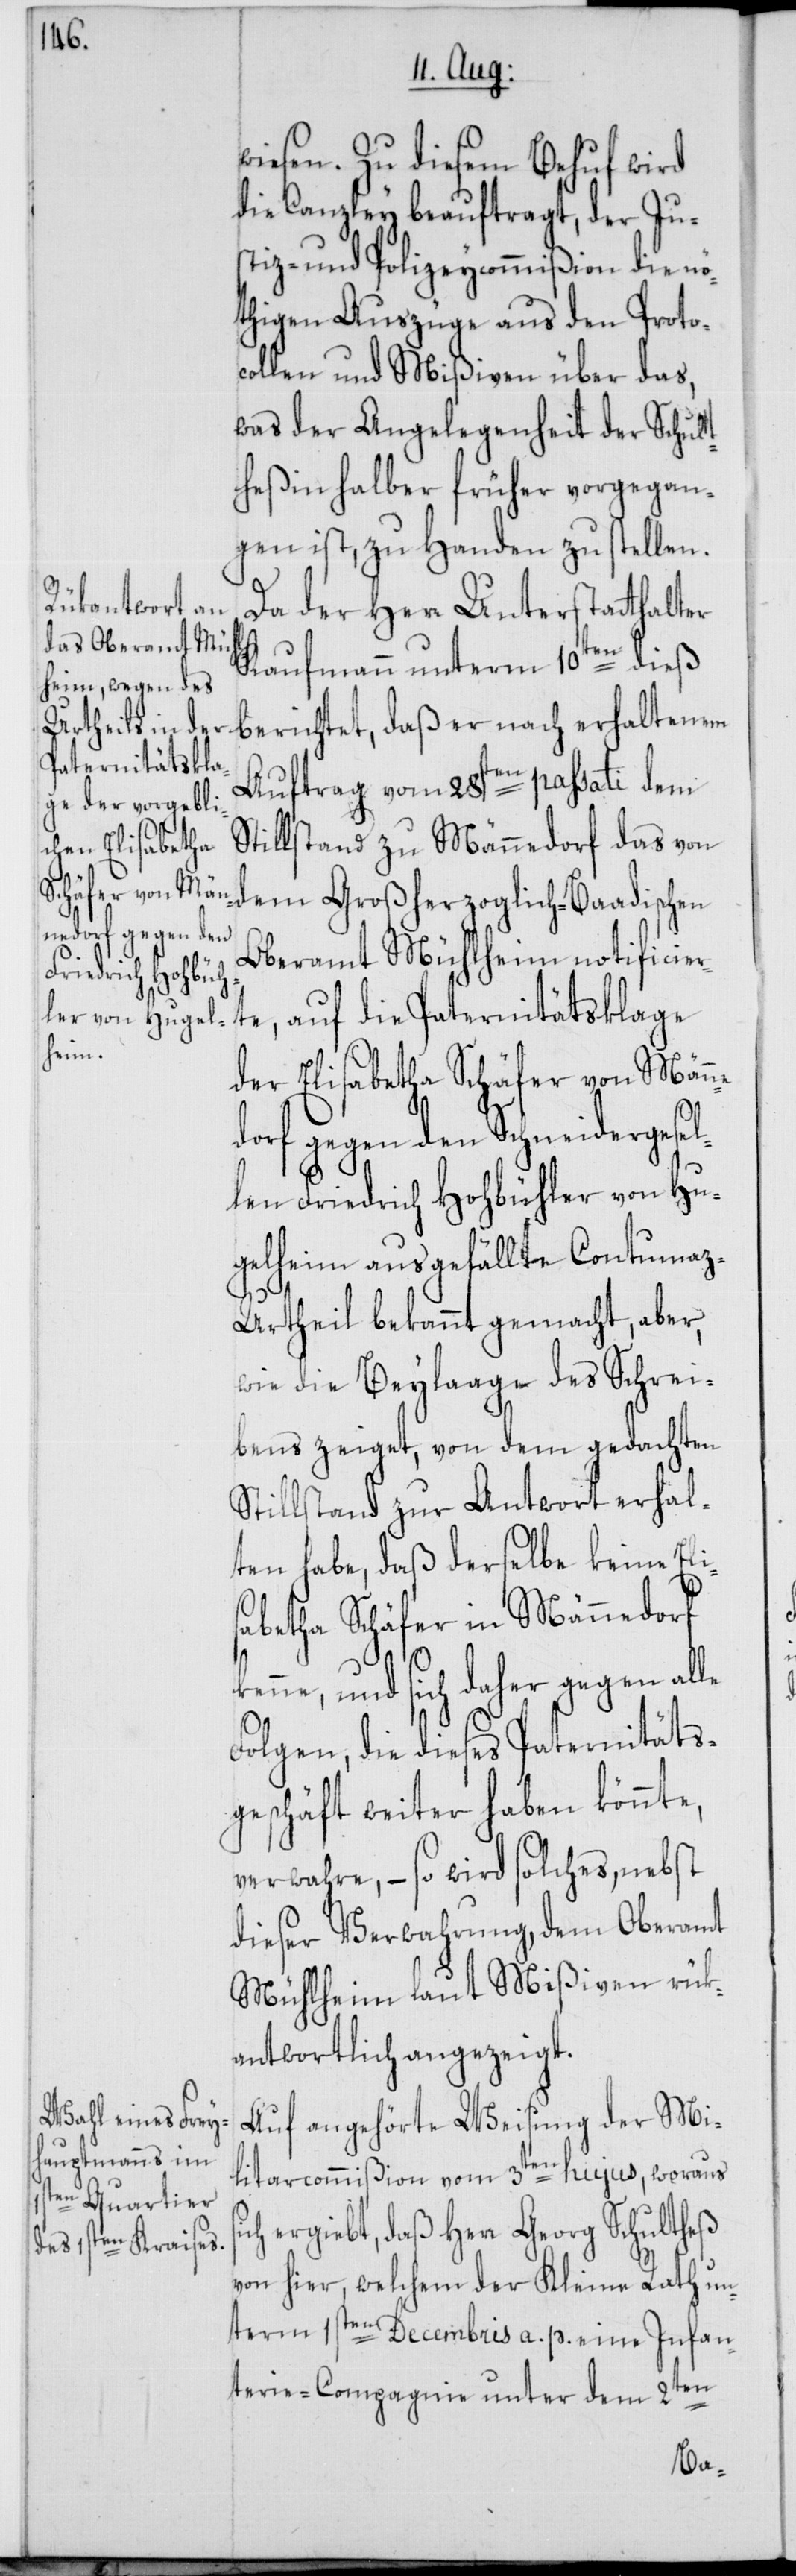
wiesen. Zu diesem Behuf wird
die Canzley beauftragt, der Ju¬
stiz- und Polizeycommißion die nö¬
thigen Auszüge aus den Protoc¬
ollen und Mißiven über das,
was der Angelegenheit der Schult¬
heßin halber früher vorgegan¬
gen ist, zu Handen zu stellen.
Da der Herr Unterstatthalter
Kaufmann unterm 10ten dieß
berichtet, daß er nach erhaltenem
Paternitätsklage
Auftrag vom 28sten passati dem
Stillstand zu Männedorf das von
dem Großherzoglich-Baadischen
Oberamt Mühlheim notificier¬
der Elisabetha Schäfer von Männe¬
dorf gegen den Schneidergesel¬
len Friedrich Hohbühler von Hu¬
gelheim ausgefällte Contuma¬
z-Urtheil bekannt gemacht, aber,
wie die Beylaage des Schrei¬
bens zeiget, von dem gedachten
Stillstand zur Antwort erhal¬
ten habe, daß derselbe keine Eli¬
sabetha Schäfer in Männedorf
kenne, und sich daher gegen alle
Folgen, die dieses Paternitäts¬
geschäft weiter haben könnte,
verwahre, – so wird solches, nebst
dieser Verwahrung, dem Oberamt
Mühlheim laut Mißiven rük¬
antwortlich angezeigt.
Auf angehörte Weisung der Mi¬
litarcommißion vom 3ten hujus, woraus
ich ergiebt, daß Herr Georg Schultheß
von hier, welchem der Kleine Rath un¬
term 1sten Decembris a. p. eine Infan¬
2ten
terie-Compagnie unter dem
s¬